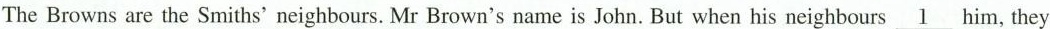
The Browns are the Smiths' neighbours. Mr Brown's name is John. But when his neighbours\underline{1}him,they